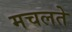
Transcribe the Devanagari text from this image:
मचलते